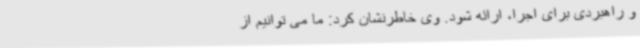
و راهبردی برای اجرا، ارائه شود. وی خاطرنشان کرد: ما می توانیم از